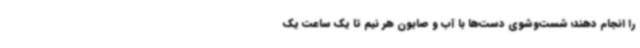
را انجام دهند؛ شست‌وشوی دست‌ها با آب و صابون هر نیم تا یک ساعت یک